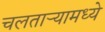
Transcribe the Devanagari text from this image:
चलताऱ्यामध्ये